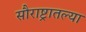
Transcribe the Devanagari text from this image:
सौराष्ट्रातल्या